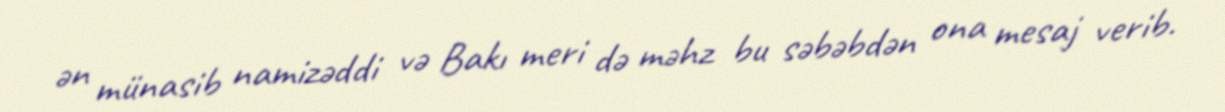
ən münasib namizəddi və Bakı meri də məhz bu səbəbdən ona mesaj verib.